Burma Government Medical School reports 1923-41
Year: 1923
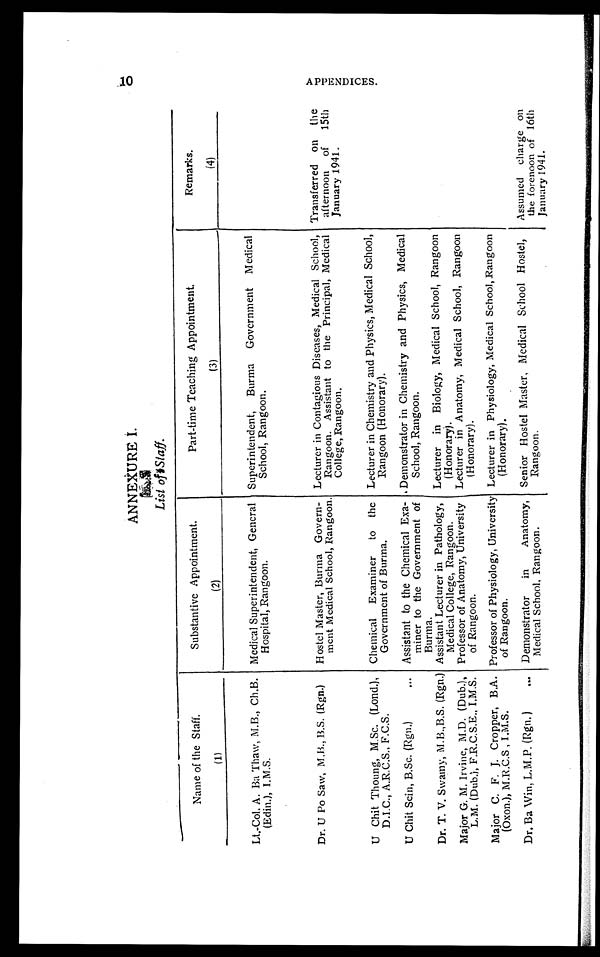
ANNEXURE I.
List of Staff. 10
Name of the Staff.
(1)
Substantive Appointment.
(2)
Part-time Teaching Appointment.
(3)
Remarks.
(4)
Lt.-Col. A. Ba Thaw, M.B., Ch.B.
(Edin.), I.M.S.
Medical Superintendent, General
Hospital, Rangoon.
Superintendent, Burma Government Medical
School, Rangoon.
Dr. U Po Saw, M.B., B.S. (Rgn.) Hostel Master, Burma Govern-
ment Medical School, Rangoon.
Lecturer in Contagious Diseases, Medical School,
Rangoon. Assistant to the Principal, Medical
College, Rangoon.
Transferred on the
afternoon of 15th
January 1941.
U Chit Thoung, M.Sc. (Lond.),
D.I.C., A.R.C.S., F.C.S.
Chemical Examiner to the
Government of Burma.
Lecturer in Chemistry and Physics, Medical School,
Rangoon (Honorary).
U Chit Sein, B.Sc. (Rgn.)
Assistant to the Chemical Exa-
miner to the Government of
Burma.
Demonstrator in Chemistry and Physics, Medical
School, Rangoon.
Dr. T. V. Swamy, M.B.,B.S. (Rgn.) Assistant Lecturer in Pathology,
Medical College, Rangoon.
Lecturer in Biology, Medical School, Rangoon
(Honorary).
Major G. M. Irvine, M.D. (Dub.),
L.M. (Dub.), F.R.C.S.E., I.M.S.
Professor of Anatomy, University
of Rangoon.
Lecturer in Anatomy, Medical School, Rangoon
(Honorary).
Major C. F. J. Cropper, B.A.
(Oxon.), M.R.C.S, I.M.S.
Professor of Physiology, University
of Rangoon.
Lecturer in Physiology, Medical School, Rangoon
(Honorary).
Dr. Ba Win, L.M.P. (Rgn.)
Demonstrator in Anatomy,
Medical School, Rangoon.
Senior Hostel Master, Medical School Hostel,
Rangoon.
Assumed charge on
the forenoon of 16th
January 1941.
C)
t A P P E N D I C E S .